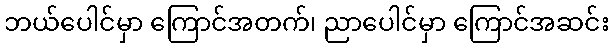
ဘယ်ပေါင်မှာ ကြောင်အတက်၊ ညာပေါင်မှာ ကြောင်အဆင်း